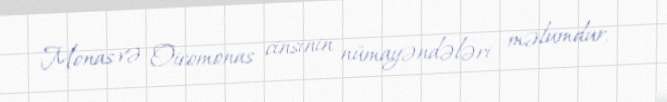
Monas və Oicomonas cinsinin nümayəndələri məlumdur.